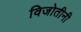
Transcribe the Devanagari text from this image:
विजोतीनी